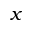
\boldsymbol { x }